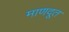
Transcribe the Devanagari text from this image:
माणदूत